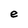
Character: e